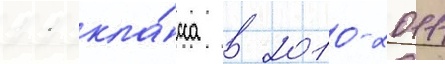
11 кла́сса в 2010-2011